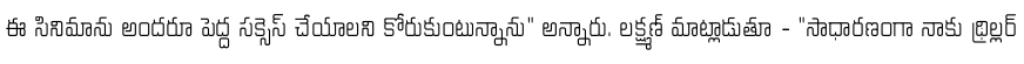
ఈ సినిమాను అందరూ పెద్ద సక్సెస్ చేయాలని కోరుకుంటున్నాను" అన్నారు. లక్ష్మణ్ మాట్లాడుతూ - "సాధారణంగా నాకు థ్రిల్లర్